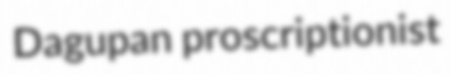
Dagupan proscriptionist